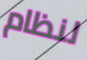
لنظام